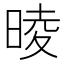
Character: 𣇾